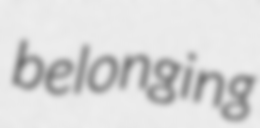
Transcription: belonging